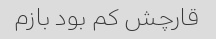
قارچش کم بود بازم